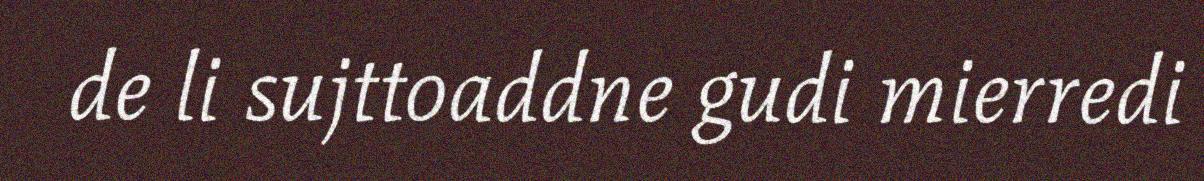
de li sujttoaddne gudi mierredi